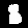
Digit: 8